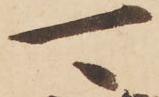
可